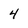
Character: 4